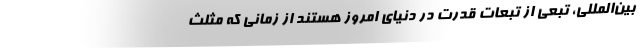
بین‌المللی، تبعی از تبعات قدرت در دنیای امروز هستند از زمانی که مثلث